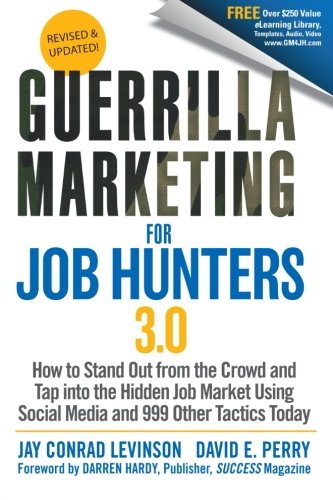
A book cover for Guerrilla Marketing for Job Hunters 3.0: How to Stand Out from the Crowd and Tap Into the Hidden Job Market using Social Media and 999 other Tactics Today; Jay Conrad Levinson; Business & Money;